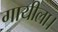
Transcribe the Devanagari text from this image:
गायीला।